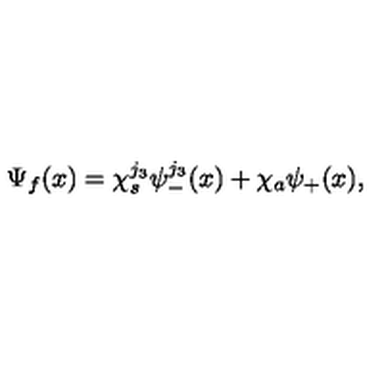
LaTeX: \Psi _ { f } ( { x } ) = \chi _ { s } ^ { j _ { 3 } } \psi _ { - } ^ { j _ { 3 } } ( { x } ) + \chi _ { a } \psi _ { + } ( { x } ) ,